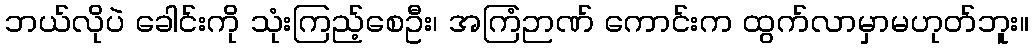
ဘယ်လိုပဲ ခေါင်းကို သုံးကြည့်စေဦး၊ အကြံဉာဏ် ကောင်းက ထွက်လာမှာမဟုတ်ဘူး။